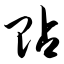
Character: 贴